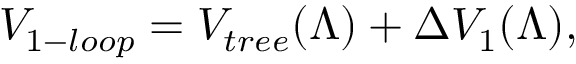
V _ { 1 - l o o p } = V _ { t r e e } ( \Lambda ) + \Delta V _ { 1 } ( \Lambda ) ,